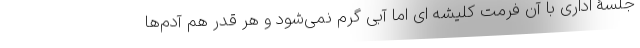
جلسۀ اداری با آن فرمت کلیشه ای اما آبی گرم نمی‌شود و هر قدر هم آدم‌ها